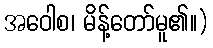
အဝေါစ၊ မိန့်တော်မူ၏။)